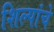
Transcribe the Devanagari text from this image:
शिल्पांचे